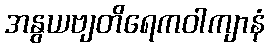
အနွယဗျတိရေကဝါကျာနံ